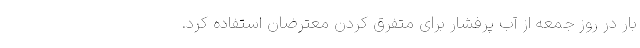
بار در روز جمعه از آب پرفشار برای متفرق کردن معترضان استفاده کرد.